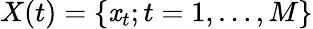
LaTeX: X(t)=\{ \mathit{x}_{t};t=1,\dots,M\}